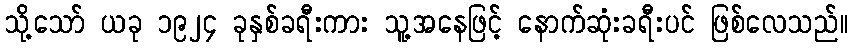
သို့သော် ယခု ၁၉၂၄ ခုနှစ်ခရီးကား သူ့အနေဖြင့် နောက်ဆုံးခရီးပင် ဖြစ်လေသည်။